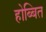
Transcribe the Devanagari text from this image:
होब्बित